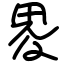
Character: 畟